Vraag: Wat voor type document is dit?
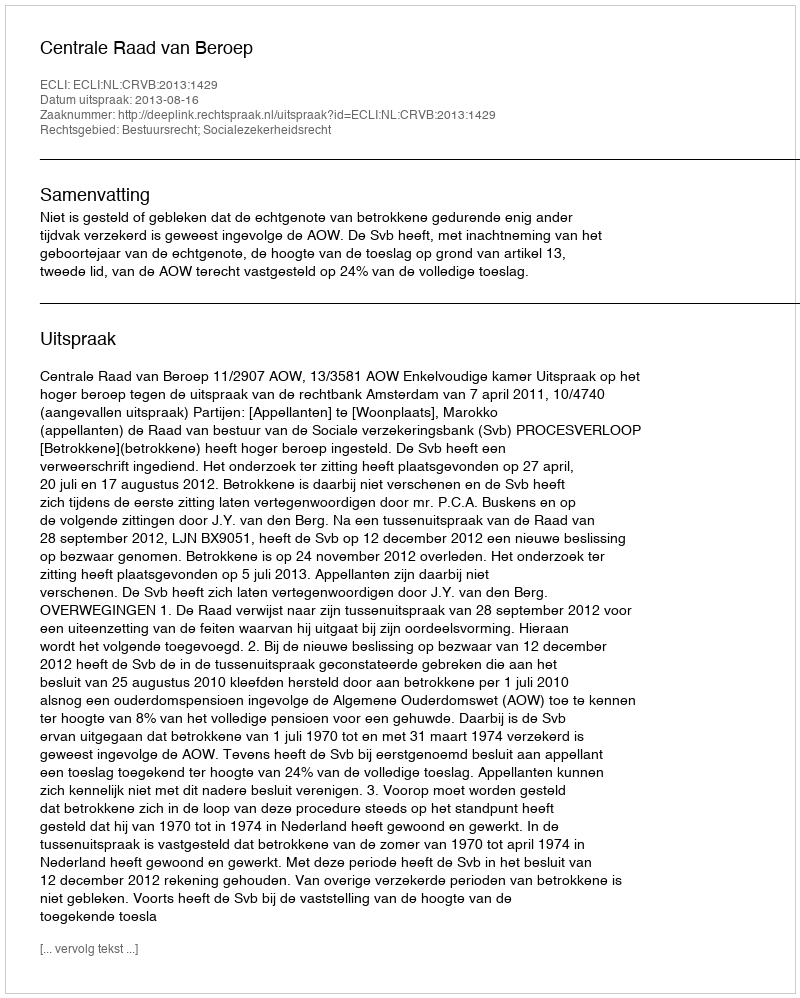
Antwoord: Uitspraak